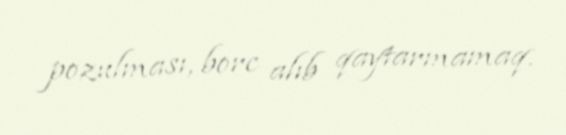
pozulması, borc alıb qaytarmamaq.